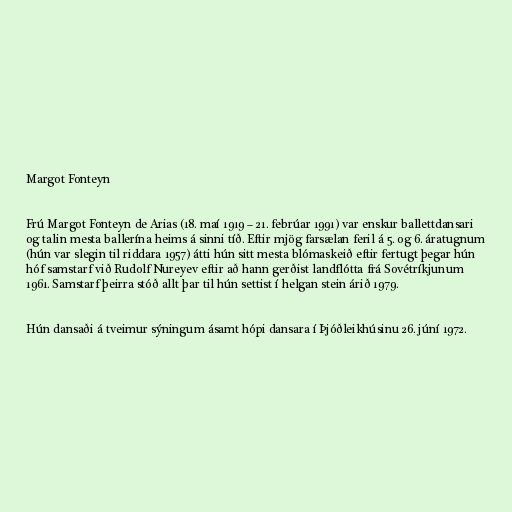
Margot Fonteyn

Frú Margot Fonteyn de Arias (18. maí 1919 – 21. febrúar 1991) var enskur ballettdansari
og talin mesta ballerína heims á sinni tíð. Eftir mjög farsælan feril á 5. og 6. áratugnum
(hún var slegin til riddara 1957) átti hún sitt mesta blómaskeið eftir fertugt þegar hún
hóf samstarf við Rudolf Nureyev eftir að hann gerðist landflótta frá Sovétríkjunum
1961. Samstarf þeirra stóð allt þar til hún settist í helgan stein árið 1979.

Hún dansaði á tveimur sýningum ásamt hópi dansara í Þjóðleikhúsinu 26. júní 1972.